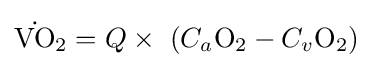
{{\dot {\mathrm {VO} }}{\vphantom {A}}_{\smash[{t}]{2}}}=Q\times \ (C_{a}{\mathrm {O} {\vphantom {A}}_{\smash[{t}]{2}}}-C_{v}{\mathrm {O} {\vphantom {A}}_{\smash[{t}]{2}}})